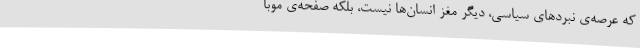
که عرصه‌ی نبردهای سیاسی، دیگر مغز انسان‌ها نیست، بلکه صفحه‌ی موبا